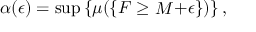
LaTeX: \alpha ( \epsilon ) = \operatorname* { s u p } \left\{ \mu ( \{ F \geq \mathop { M } + \epsilon \} ) \right\} ,